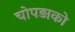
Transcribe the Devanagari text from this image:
चोपड़ाको